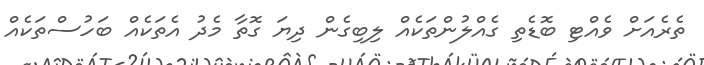
ތެރެއަށް ވެއްޓި ބޮޑެތި ގެއްލުންތަކެއް ލިބިގެން ދިޔަ ގޮތާ މެދު އެތަކެއް ބަހުސްތަކެއް